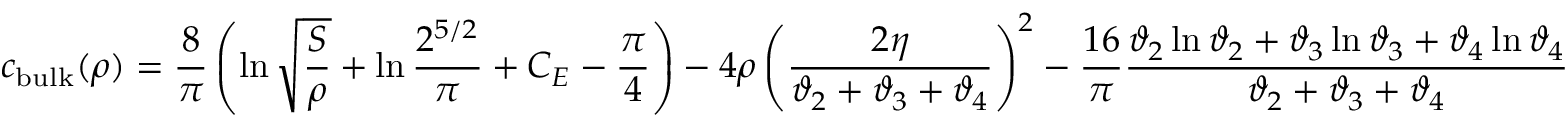
c _ { \mathrm { b u l k } } ( \rho ) = { \frac { 8 } { \pi } } \left( \ln \sqrt { \frac { S } { \rho } } + \ln { \frac { 2 ^ { 5 / 2 } } { \pi } } + C _ { E } - { \frac { \pi } { 4 } } \right) - 4 \rho \left( { \frac { 2 \eta } { \vartheta _ { 2 } + \vartheta _ { 3 } + \vartheta _ { 4 } } } \right) ^ { 2 } - { \frac { 1 6 } { \pi } } { \frac { \vartheta _ { 2 } \ln \vartheta _ { 2 } + \vartheta _ { 3 } \ln \vartheta _ { 3 } + \vartheta _ { 4 } \ln \vartheta _ { 4 } } { \vartheta _ { 2 } + \vartheta _ { 3 } + \vartheta _ { 4 } } }